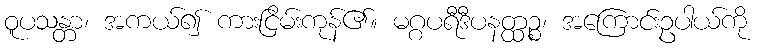
ဝူပသန္တာ၊ အကယ်၍ ကားငြိမ်းကုန်၏။ မဂ္ဂပရီဒီပနတ္ထဉ္စ၊ အကြောင်းဥပါယ်ကို